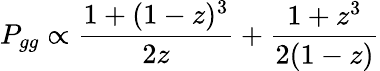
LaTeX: P_{gg}\propto\frac{1+(1-z)^{3}}{2z}+\frac{1+z^{3}}{2(1-z)}